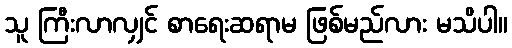
သူ ကြီးလာလျှင် စာရေးဆရာမ ဖြစ်မည်လား မသိပါ။